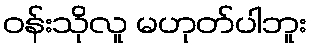
ဝန်းသိုလူ မဟုတ်ပါဘူး